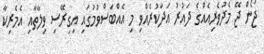
ޖޯން ޖޭ މެދުވެރިއެއްގެ ދައުރު އަދާކުރެއްވި މި އެއްބަސްވުމުގައި އިގިރޭސި ވިލާތާއި އެމެރިކާ